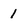
Character: 1